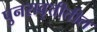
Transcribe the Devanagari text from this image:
पुनरावृत्तीतील